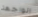
الواجهة